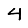
Digit: 4